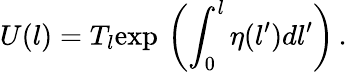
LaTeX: U(l)=T_{l}\mathrm{exp}\, \left(\int_{0}^{l}\eta(l^{\prime})dl^{\prime}\right)\, .